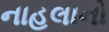
નાહલાનો